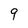
Character: 9